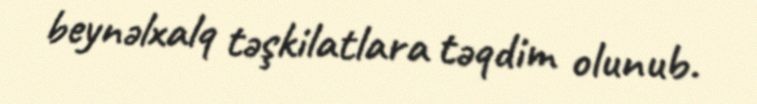
beynəlxalq təşkilatlara təqdim olunub.